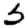
Digit: 5